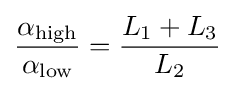
{\alpha _{\text{high}} \over \alpha _{\text{low}}}={L_{\text{1}}+L_{\text{3}} \over L_{\text{2}}}